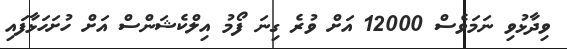
ވިދާޅުވި ނަމަވެސް 12000 އަށް ވުރެ ގިނަ ފޯމު އިލްކެޝަންސް އަށް ހުށަހަޅާފައި